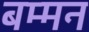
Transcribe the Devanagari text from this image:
बम्मन